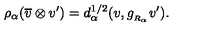
\rho _ { \alpha } ( \overline { { v } } \otimes v ^ { \prime } ) = d _ { \alpha } ^ { 1 / 2 } ( v , g _ { _ { R _ { \alpha } } } v ^ { \prime } ) .